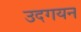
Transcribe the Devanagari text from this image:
उदगयन